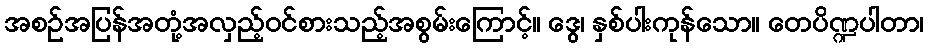
အစဉ်အပြန်အတုံ့အလှည့်ဝင်စားသည့်အစွမ်းကြောင့်။ ဒွေ၊ နှစ်ပါးကုန်သော။ တေပိဏ္ဍပါတာ၊